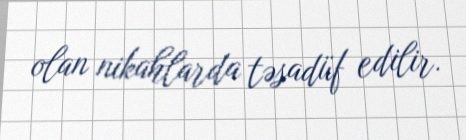
olan nikahlarda təsadüf edilir.